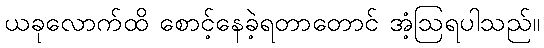
ယခုလောက်ထိ စောင့်နေခဲ့ရတာတောင် အံ့ဩရပါသည်။